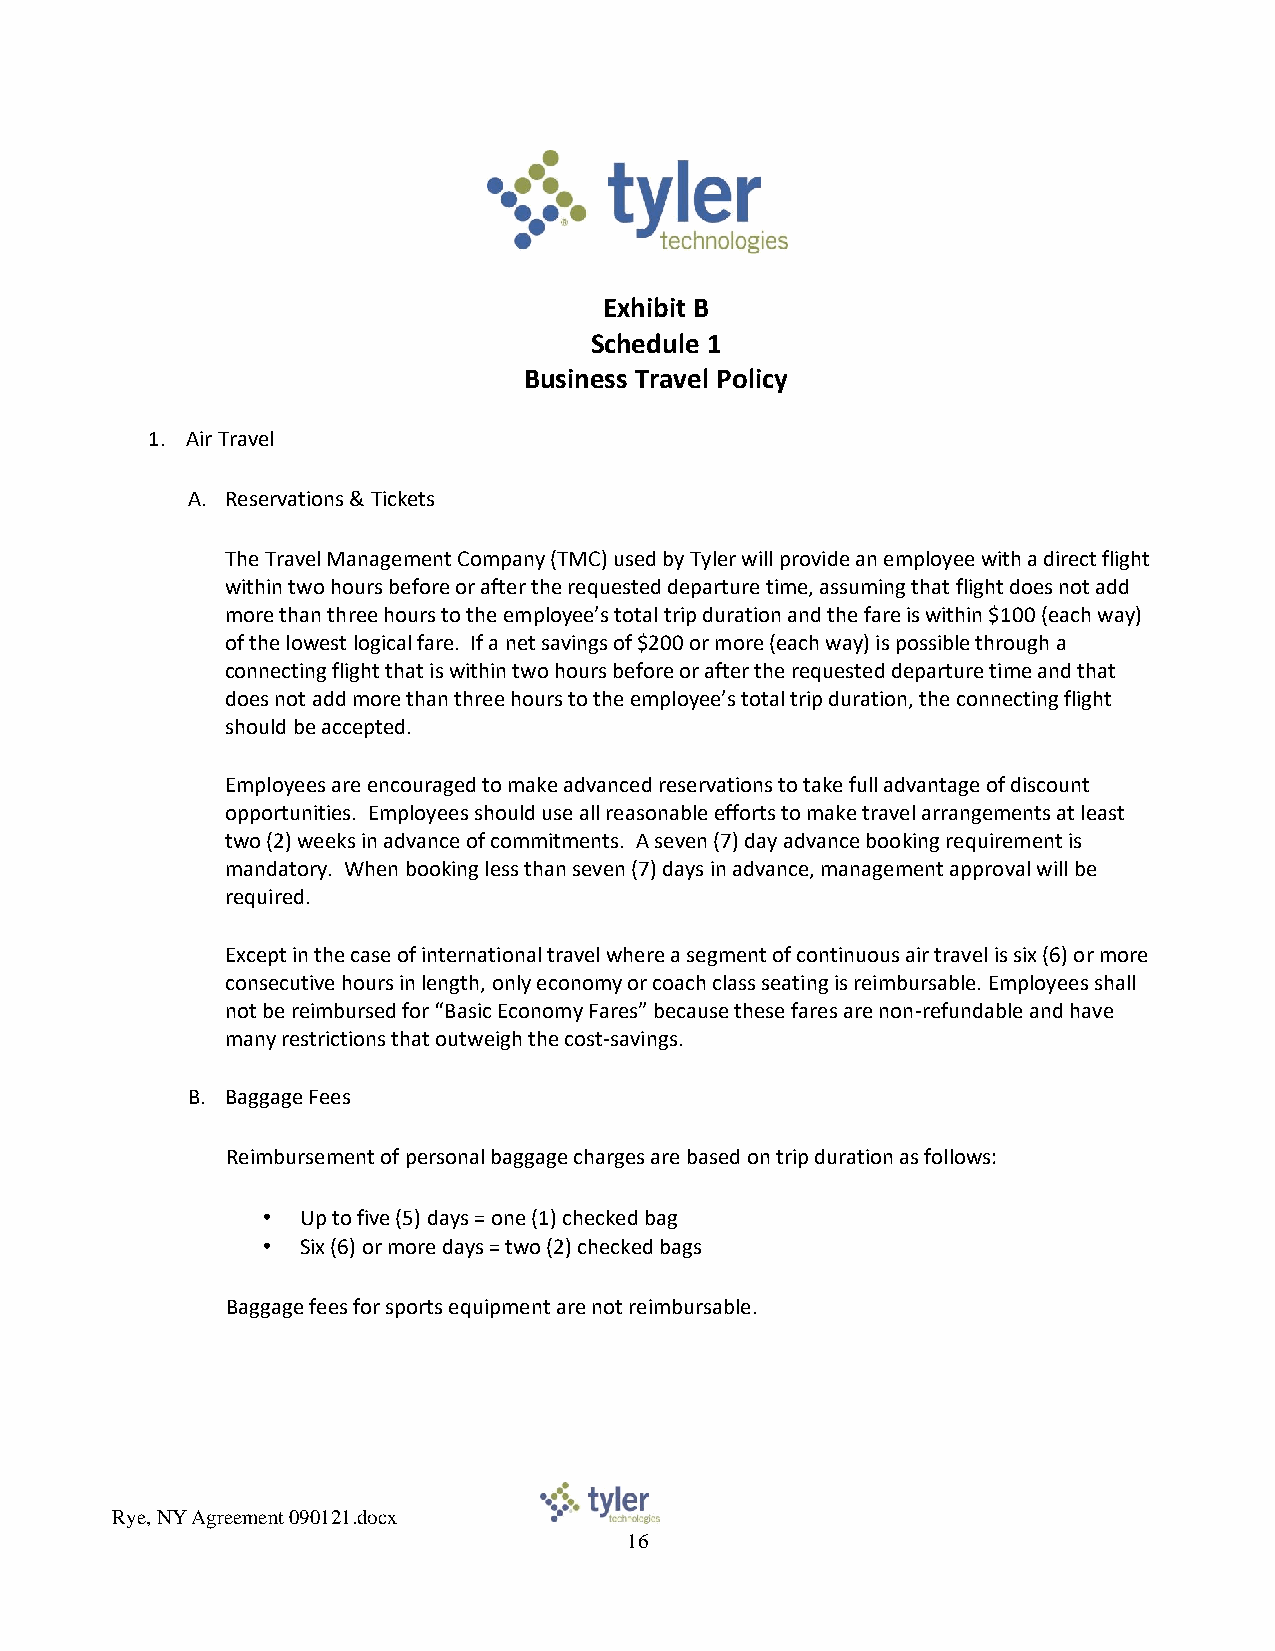
Exhibit B
 Schedule 1
 Business Travel Policy
 1. Air Travel
 A. Reservations & Tickets
 The Travel Management Company (TMC) used by Tyler will provide an employee with a direct flight
 within two hours before or after the requested departure time, assuming that flight does not add
 more than three hours to the employee’s total trip duration and the fare is within $100 (each way)
 of the lowest logical fare. If a net savings of $200 or more (each way) is possible through a
 connecting flight that is within two hours before or after the requested departure time and that
 does not add more than three hours to the employee’s total trip duration, the connecting flight
 should be accepted.
 Employees are encouraged to make advanced reservations to take full advantage of discount
 opportunities. Employees should use all reasonable efforts to make travel arrangements at least
 two (2) weeks in advance of commitments. A seven (7) day advance booking requirement is
 mandatory. When booking less than seven (7) days in advance, management approval will be
 required.
 Except in the case of international travel where a segment of continuous air travel is six (6) or more
 consecutive hours in length, only economy or coach class seating is reimbursable. Employees shall
 not be reimbursed for “Basic Economy Fares” because these fares are non-refundable and have
 many restrictions that outweigh the cost-savings.
 B. Baggage Fees
 Reimbursement of personal baggage charges are based on trip duration as follows:
 •  Up to five (5) days = one (1) checked bag
 •  Six (6) or more days = two (2) checked bags
 Baggage fees for sports equipment are not reimbursable.
 Rye, NY Agreement 090121.docx
 16